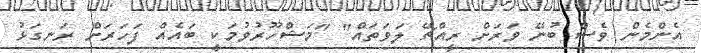
އެންމެން ވެސް ބުނޭ ވަރަށް ރީއްޗޭ ލަވަތައް" "މަޝްހޫރުވުމަކީ ބައެއް ފަހަރަށް ރަނގަޅު